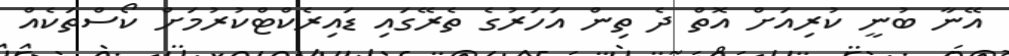
އޭނާ ބުނީ ކުރިއަށް އޮތް ދެ ތިން އަހަރުގެ ތެރޭގައި ޑައިރެކްޓްކުރުމަށް ކޯސްތަކެއް